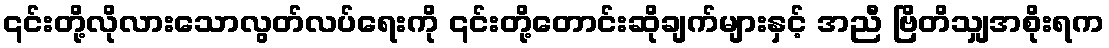
၎င်းတို့လိုလားသောလွတ်လပ်ရေးကို ၎င်းတို့တောင်းဆိုချက်များနှင့် အညီ ဗြိတိသျှအစိုးရက